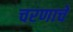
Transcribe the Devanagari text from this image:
चरणाचे